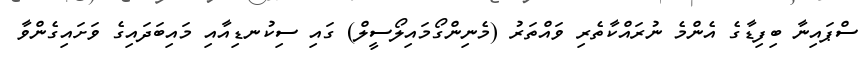
ސްޕައިނާ ބިފިޑާގެ އެންމެ ނުރައްކާތެރި ވައްތަރު (މެނިންގޯމައިލޯސީލް) ގައި ސިކުނޑިއާއި މައިބަދައިގެ ވަށައިގެންވާ